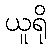
ယူရို